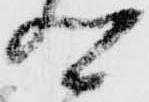
卿